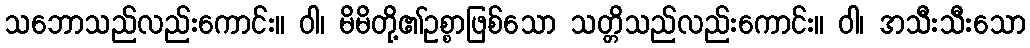
သဘောသည်လည်းကောင်း။ ဝါ၊ မိမိတို့၏ဥစ္စာဖြစ်သော သတ္တိသည်လည်းကောင်း။ ဝါ၊ အသီးသီးသော